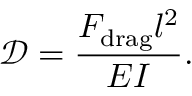
\mathcal { D } = \frac { F _ { \mathrm { d r a g } } l ^ { 2 } } { E I } .